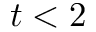
t < 2